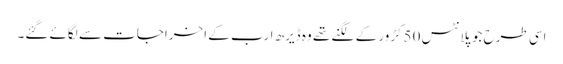
اسی طرح جو پلانٹس 50کڑور کے لگنے تھے وہ ڈیرھ ارب کے اخراجات سے لگائے گئے۔